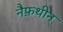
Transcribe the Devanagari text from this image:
नैफ़थीन